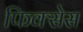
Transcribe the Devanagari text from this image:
फिक्सेस